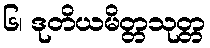
၆၊ ဒုတိယမိတ္တသုတ္တ